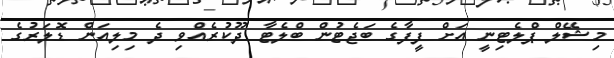
މިޝޭލް ޕްލެޓިނީ އަށް ފީފާގެ ބަޖެޓުން ބްލެޓާ ދޫކުރެއްވި ދެ މިލިއަން ޑޮލަރުގެ